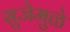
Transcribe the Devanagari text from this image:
सुजेमुळे